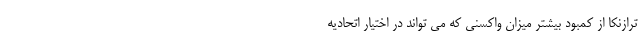
ترازنکا از کمبود بیشتر میزان واکسنی که می تواند در اختیار اتحادیه